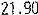
21.90